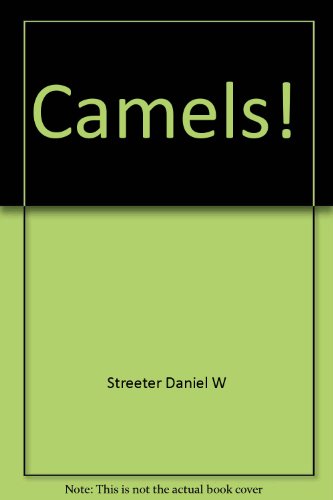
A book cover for Camels!; Daniel Willard Streeter; Travel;